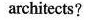
architects?